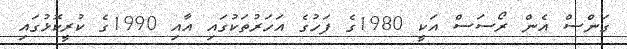
ގަންސް އެން ރޯސަސް އަކީ 1980ގެ ފަހުގެ އަހަރުތަކުގައި އާއި 1990ގެ ކުރީކޮޅުގައި